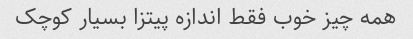
همه چیز خوب فقط اندازه پیتزا بسیار کوچک